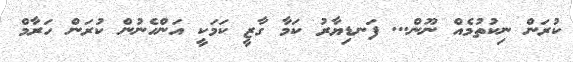
ކުރަން ނިކުތުމެއް ނޫން... ފަނޑިޔާރު ކަމާ ގާޒީ ކަމަކީ އަންހެނުން ކުރަން ހަރާމް